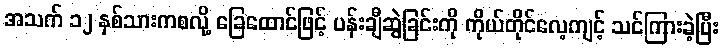
အသက် ၁၂ နှစ်သားကစလို့ ခြေထောင်ဖြင့် ပန်းချီဆွဲခြင်းကို ကိုယ်တိုင်လေ့ကျင့် သင်ကြားခဲ့ပြီး